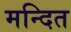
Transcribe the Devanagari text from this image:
मन्दित